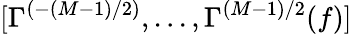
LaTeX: [\Gamma^{(-(M{-}1)/2)},...,\Gamma^{(M{-}1)/2}(f)]